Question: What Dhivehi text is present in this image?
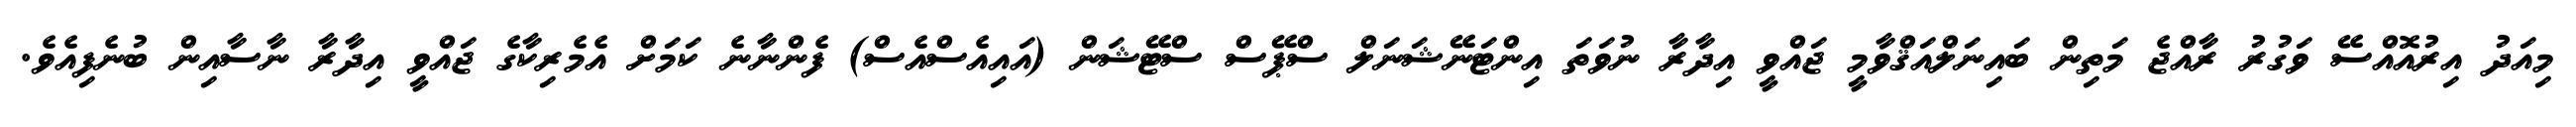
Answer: މިއަދު އިރުއޮއްސޭ ވަގުރު ރާއްޖެ މަތިން ބައިނަލްއަޤްވާމީ ޖައްވީ އިދާރާ ނުވަތަ އިންޓަނޭޝަނަލް ސްޕޭސް ސްޓޭޝަން (އައިއެސްއެސް) ފެންނާނެ ކަމަށް އެމެރިކާގެ ޖައްވީ އިދާރާ ނާސާއިން ބުނެފިއެވެ.